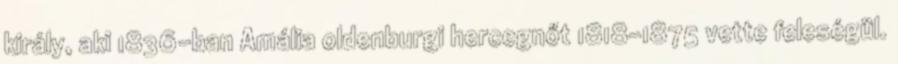
király, aki 1836-ban Amália oldenburgi hercegnőt 1818–1875 vette feleségül.